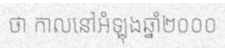
ថា កាលនៅអំឡុងឆ្នាំ២០០០